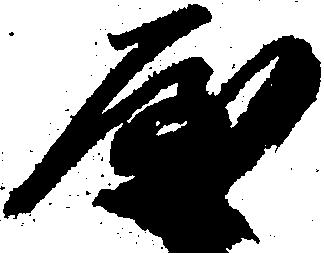
屋